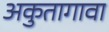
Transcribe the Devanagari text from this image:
अकुतागावा